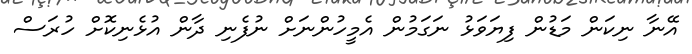
އޭނާ ނިކަން މަޑުން ފިޔަވަޅު ނަގަމުން އެމީހުންނަށް ނުފެނި ދާން އުޅެނިކޮށް ހުރަސް